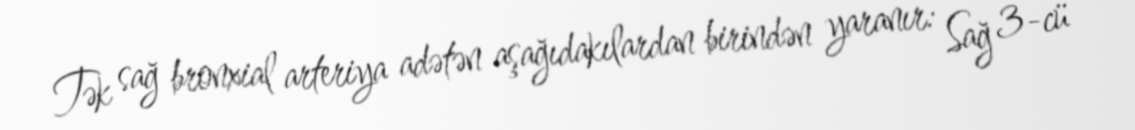
Tək sağ bronxial arteriya adətən aşağıdakılardan birindən yaranır: Sağ 3-cü